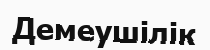
Демеушілік